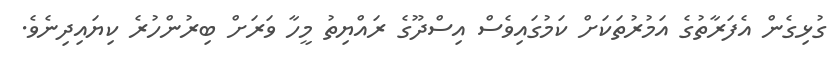
ގުޅިގެން އެފަރާތުގެ އަމުރުތަކަށް ކަމުގައިވެސް އިސްދޫގެ ރައްޔިތު މީހާ ވަރަށް ބިރުންހުރެ ކިޔައިދިނެވެ.